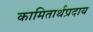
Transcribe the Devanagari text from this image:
कामितार्थप्रदाय